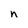
Character: n